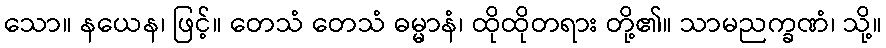
သော။ နယေန၊ ဖြင့်။ တေသံ တေသံ ဓမ္မာနံ၊ ထိုထိုတရား တို့၏။ သာမညက္ခဏံ၊ သို့။